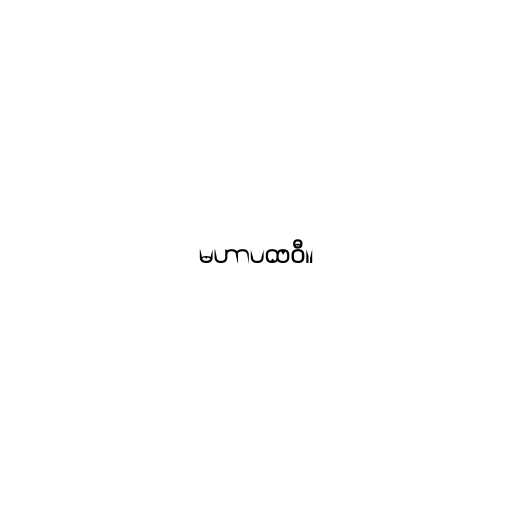
မဟာပထဝီ။